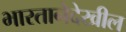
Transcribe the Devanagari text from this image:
भारतानेदेखील